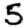
Digit: 5